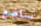
ساضع